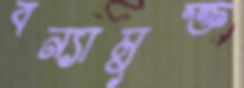
বন্যামুক্ত